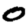
Digit: 0